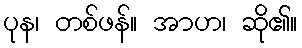
ပုန၊ တစ်ဖန်။ အာဟ၊ ဆို၏။